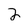
Character: 2